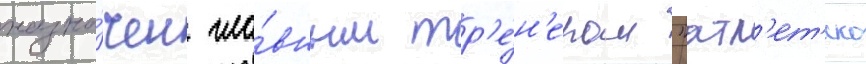
назна́чен гла́вным тр'е́н'ером "атл'ет'ико